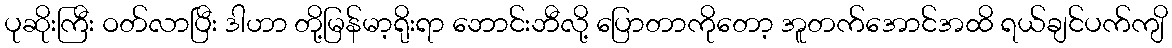
ပုဆိုးကြီး ဝတ်လာပြီး ဒါဟာ တို့မြန်မာ့ရိုးရာ ဘောင်းဘီလို့ ပြောတာကိုတော့ အူတက်အောင်အထိ ရယ်ချင်ပက်ကျိ